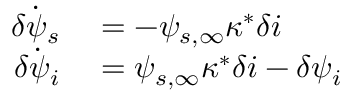
\begin{array} { r l } { \dot { \delta \psi _ { s } } } & { { } = - \psi _ { s , \infty } \kappa ^ { * } \delta i } \\ { \dot { \delta \psi _ { i } } } & { { } = \psi _ { s , \infty } \kappa ^ { * } \delta i - \delta \psi _ { i } } \end{array}